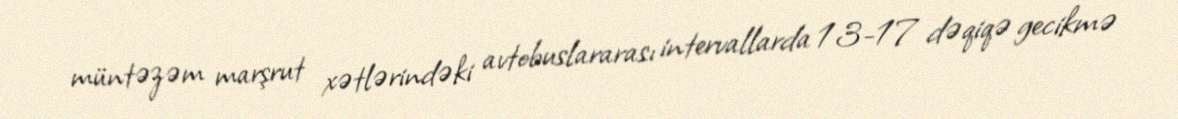
müntəzəm marşrut xətlərindəki avtobuslararası intervallarda 13-17 dəqiqə gecikmə